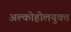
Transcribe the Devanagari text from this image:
अल्कोहोलयुक्त